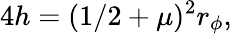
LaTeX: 4h=(1/2+\mu)^{2}r_{\phi},